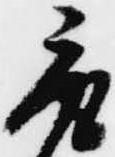
取